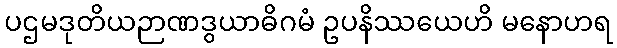
ပဌမဒုတိယဉာဏဒွယာဓိဂမံ ဥပနိဿယေဟိ မနောဟရ